Investigations into the jail dietaries of the United Provinces with some observations on the influence of dietary on the physical development and well-being of the people of the United Provinces - Number 48
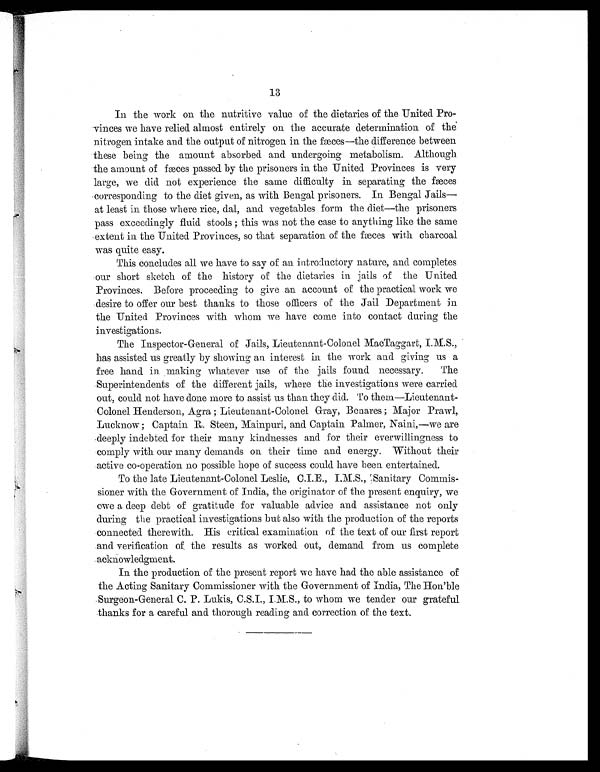
13
In the work on the nutritive value of the dietaries of the United Pro-
vinces we have relied almost entirely on the accurate determination of the
nitrogen intake and the output of nitrogen in the fæces—the difference between
these being the amount absorbed and undergoing metabolism. Although
the amount of fæces passed by the prisoners in the United Provinces is very
large, we did not experience the same difficulty in separating the fæces
corresponding to the diet given, as with Bengal prisoners. In Bengal Jails—
at least in those where rice, dal, and vegetables form the diet—the prisoners
pass exceedingly fluid stools ; this was not the case to anything like the same
extent in the United Provinces, so that separation of the fæces with charcoal
was quite easy.
This concludes all we have to say of an introductory nature, and completes
our short sketch of the history of the dietaries in jails of the United
Provinces. Before proceeding to give an account of the practical work we
desire to offer our best thanks to those officers of the Jail Department in
the United Provinces with whom we have come into contact during the
investigations.
The Inspector-General of Jails, Lieutenant-Colonel MacTaggart,
I M S h a s a s s i s t e d u s g r e a t l y b y s h o w i n g a n i n t e r e s t i n t h e w o r k a n d g i v i n g u s a
free hand in making whatever use of the jails found necessary. The
Superintendents of the different jails, where the investigations were carried
out, could not have done more to assist us than they did. To them—Lieutenant-
Colonel Henderson, Agra ; Lieutenant-Colonel Gray, Benares ; Major Prawl,
Lucknow ;Capt ai n R St een, Mai npuri , and Capt ai n Pal mer, Nai ni , —we are
deeply indebted for their many kindnesses and for their everwillingness to
comply with our many demands on their time and energy. Without their
active co-operation no possible hope of success could have been entertained.
To the late Lieutenant-Colonel Leslie, C.I.E., I.M.S., Sanitary Commis-
sioner with the Government of India, the originator of the present enquiry, we
owe a deep debt of gratitude for valuable advice and assistance not only
during the practical investigations but also with the production of the reports
connected therewith. His critical examination of the text of our first report
and verification of the results as worked out, demand from us complete
acknowledgment.
In the production of the present report we have had the able assistance of
the Acting Sanitary Commissioner with the Government of India, The Hon'ble
Surgeon-General C. P. Lukis, C.S.I., I.M.S., to whom we tender our grateful
thanks for a careful and thorough reading and correction of the text.